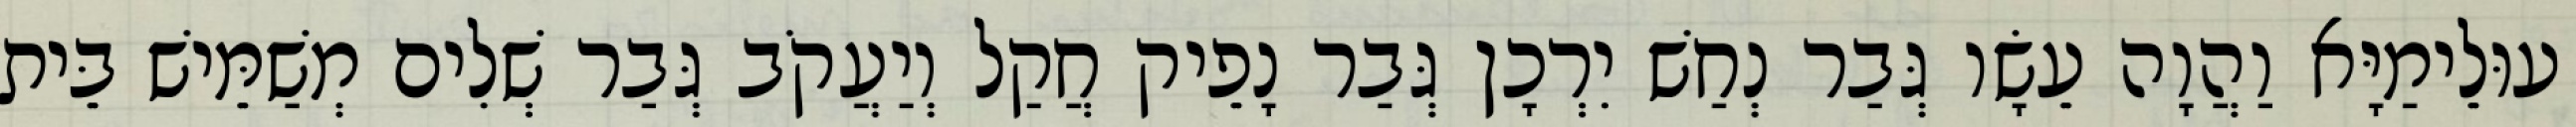
עוּלֵימַיָּא וַהֲוָה עֵשָׂו גְּבַר נְחַשׁ יִרְכָן גְּבַר נָפֵיק חֲקַל וְיַעֲקֹב גְּבַר שְׁלִים מְשַׁמֵּישׁ בֵּית